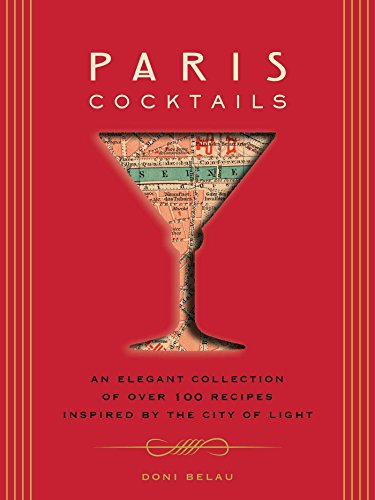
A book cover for Paris Cocktails: An Elegant Collection of Over 100 Recipes Inspired by the City of Light; Doni Belau; Cookbooks, Food & Wine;